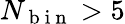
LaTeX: N_{\mathrm{~b~i~n~}}>5